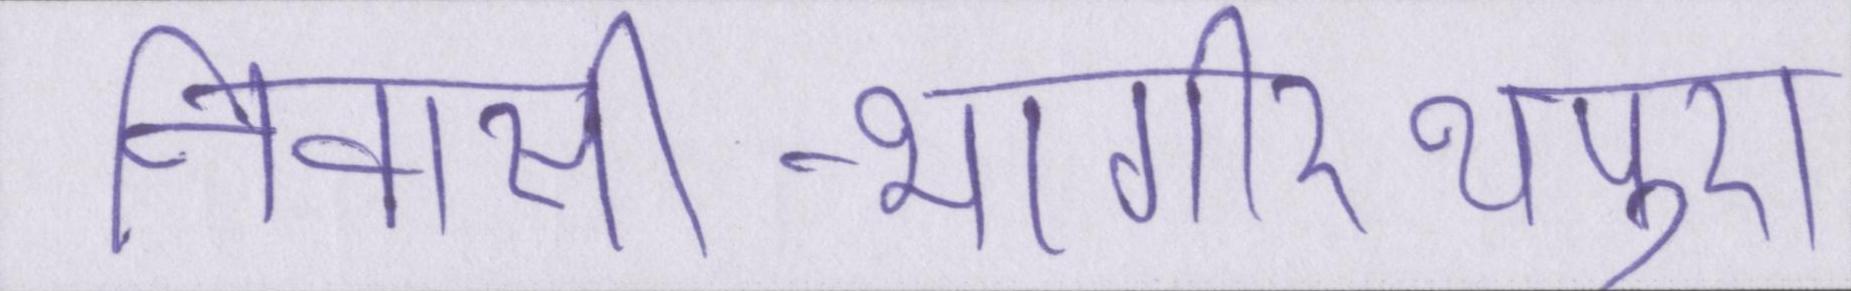
निवासी-भागीरथपुरा